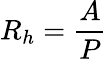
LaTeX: R_{h}={\frac{A}{P}}